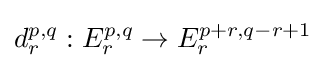
d_{r}^{p,q}:E_{r}^{p,q}\to E_{r}^{p+r,q-r+1}